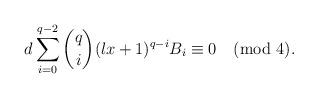
LaTeX: \begin{align*}d\sum\limits_{i=0}^{q-2}\binom {q} {i}(lx+1)^{q-i}B_{i}\equiv0\pmod{4}.\end{align*}